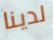
لدينا